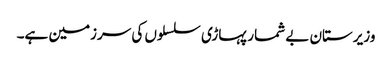
وزیرستان بے شمار پہاڑی سلسلوں کی سرزمین ہے۔